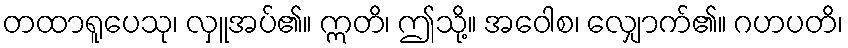
တထာရူပေသု၊ လှူအပ်၏။ ဣတိ၊ ဤသို့။ အဝေါစ၊ လျှောက်၏။ ဂဟပတိ၊